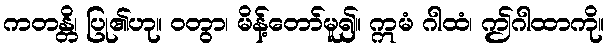
ကတန္တိ၊ ပြု၏ဟု။ ဝတွာ၊ မိန့်တော်မူ၍။ ဣမံ ဂါထံ၊ ဤဂါထာကို။